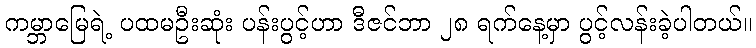
ကမ္ဘာမြေရဲ့ ပထမဦးဆုံး ပန်းပွင့်ဟာ ဒီဇင်ဘာ ၂၈ ရက်နေ့မှာ ပွင့်လန်းခဲ့ပါတယ်။